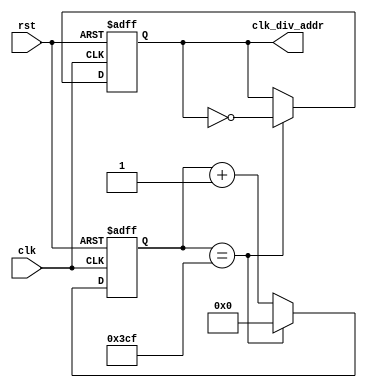
`define CLK_DIV_ADDR 25'd976//50HZ
module uart_fre_fiv (
    input clk,
    rst,
    output reg clk_div_addr  //1Hz
);

    reg [24:0] clk_div;
    always @(posedge clk, posedge rst) begin
        if (rst) begin
            clk_div <= 25'd0;
            clk_div_addr <= 1'b0;
        end else begin
            if (clk_div == `CLK_DIV_ADDR - 1) begin
                clk_div <= 25'd0;
                clk_div_addr = ~clk_div_addr;
            end else begin
                clk_div <= clk_div + 1'b1;
            end
        end
    end
endmodule